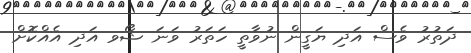
ދަތުރު ވެސް އަދި ޔަގީން ނުވާތީ ހަތަރު ވަނަ ޝޯވ އަދި އެއްކޮށް